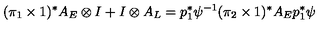
( \pi _ { 1 } \times 1 ) ^ { * } A _ { E } \otimes I + I \otimes A _ { L } = p _ { 1 } ^ { * } \psi ^ { - 1 } ( \pi _ { 2 } \times 1 ) ^ { * } A _ { E } p _ { 1 } ^ { * } \psi